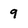
Character: 9